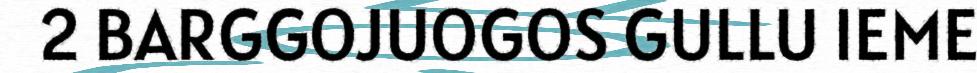
2 BARGGOJUOGOS GULLU IEME